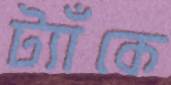
ট্যাঁকে